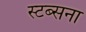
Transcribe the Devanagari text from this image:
स्टब्सना